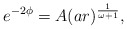
\begin{align*}e^{-2\phi}= A (ar)^{\frac{1}{\omega+1}}, \end{align*}